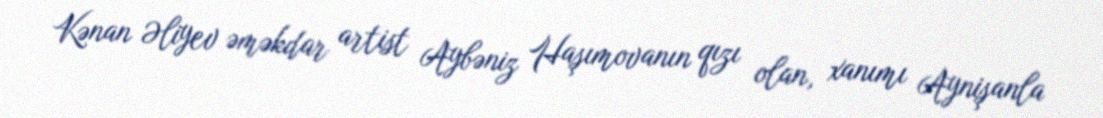
Kənan Əliyev əməkdar artist Aybəniz Haşımovanın qızı olan, xanımı Aynişanla